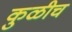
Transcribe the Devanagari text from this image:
कुळीच